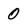
Character: 0